Annual administration report of the Civil Veterinary Department of India - 1897-1898
Year: 1897
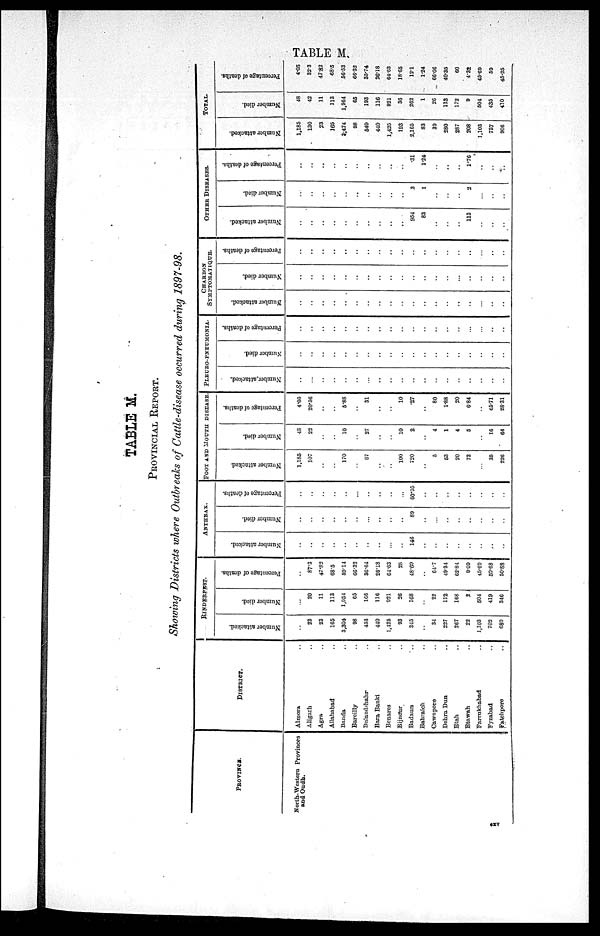
TABLE M,
TABLE M.
PROVINCIAL REPORT..
Showing Districts where Outbreaks of Cattle—disease occurred during 1897—98.
PROVINCE.
North—Western Provinces
and Oudh.
DISTRICT.
Almora ..
Aligarh ..
Agra ..
Allababad ..
Banda ..
Bareilly ..
Bulandshahr ..
Bara Bauki ..
Benares ..
Bijnour ..
Badaun ..
Babraich ..
Cawnpore ..
Dehra Dun ..
Etah ..
Etawah ..
Farrukhabad ..
Fyzabad ..
Fatehpore ..
RINDERPEST.
Number attacked.
..
23
23
165
3,304
08
453
440
1,425
93
345
..
34
227
267
22
1,103
702
680
Number died.
..
20
11
113
1,051
65
166
116
921
26
168
..
22
112
168
2
604
419
346
Percentage of deaths.
..
87.3
47.82
68.5
50.11
66.32
36.64
26.18
64.63
28
48.69
..
64.7
49.34
62.84
9.09
45.69
59.68
50.88
ANTHRAX.
Number attacked.
..
..
..
..
..
..
..
..
..
..
146
..
..
..
..
..
..
..
..
Number died.
..
..
..
..
..
..
..
..
..
..
89
..
..
..
..
..
..
..
..
Percentage of deaths.
..
..
..
..
..
..
..
..
..
..
60.95
..
..
..
..
..
..
..
..
FOOT AND MOUTH DISEASE.
Number attacked.
1,185
107
..
..
170
..
87
..
..
100
720
..
5
53
20
73
..
35
226
Number died.
48
22
..
..
10
..
27
..
..
10
2
..
4
1
4
5
..
16
64
Percentage of deaths.
4.05
20.56
..
..
5.88
..
31
..
..
10
27
..
80
1.88
20
6.84
..
45.71
28.31
PLEURO—PNEUMONIA.
Number attacked.
..
..
..
..
..
..
..
..
..
..
..
..
..
..
..
..
..
..
..
Number died.
..
..
..
..
..
..
..
..
..
..
..
..
..
..
..
..
..
..
..
Percentage of deaths.
..
..
..
..
..
..
..
..
..
..
..
..
..
..
..
..
..
..
..
CHARBON
SYMPTOMATIQUE.
Number attacked.
..
..
..
..
..
..
..
..
..
..
..
..
..
..
..
..
..
..
..
Number died.
..
..
.. ..
..
..
..
..
..
..
..
..
..
..
..
..
..
..
..
..
..
..
..
..
..
..
..
..
..
..
..
..
..
..
..
..
..
Percentage
of deaths.
..
..
..
..
..
..
..
..
..
..
..
..
..
..
..
..
..
..
..
OTHER DISEASES.
Number attacked.
..
..
..
..
..
..
..
..
..
..
954
83
..
..
..
113
..
..
..
Number died.
..
..
..
..
..
..
..
..
..
..
3
1
..
..
..
2
..
..
..
Percentage of deaths.
..
..
.. ..
..
..
..
..
..
..
..
..
..
..
..
..
..
..
..
..
.31
1.24
..
..
..
1.76
..
..
..
TOTAL.
Number attacked.
1,185
130
23
165
2,474
98
540
440
1,425
193
2,165
83
39
280
287
208
1,103
737
906
Number died.
48
42
11
113
1,964
65
193
116
921
36
262
1
26
113
172
9
504
435
410
Percentage of deaths.
4.05
32.3
47.82
68.5
56.53
66.32
35.74
26.18
64.63
18.65
12.1
1.24
66.66
40.35
60
4.32
45.69
59
45-25
cxy